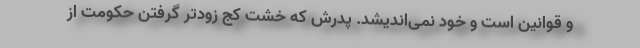
و قوانین است و خود نمی‌اندیشد. پدرش که خشتِ کج زودتر گرفتن حکومت از